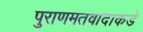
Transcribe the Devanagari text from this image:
पुराणमतवादाकडे